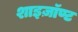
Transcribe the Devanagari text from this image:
शाइज़ॉण्ट